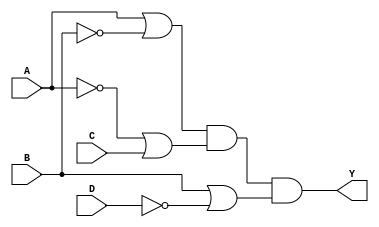
module pos_logic_block (
    input wire A,  // Input variable A
    input wire B,  // Input variable B
    input wire C,  // Input variable C
    input wire D,  // Input variable D
    output wire Y  // Output Y representing the POS expression
);

// Define the sum terms based on the combinations that result in output 0
wire sum_term1; // Represents (A + B')
wire sum_term2; // Represents (A' + C)
wire sum_term3; // Represents (B + D')

// Create the sum terms using OR gates
assign sum_term1 = A | ~B;  // A + B'
assign sum_term2 = ~A | C;  // A' + C
assign sum_term3 = B | ~D;   // B + D'

// Combine the sum terms using an AND gate to produce the output Y
assign Y = sum_term1 & sum_term2 & sum_term3; // Y = (A + B')(A' + C)(B + D')

endmodule